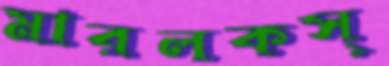
মারলকস্